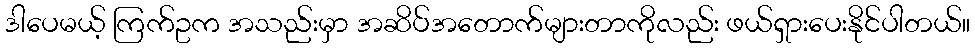
ဒါပေမယ့် ကြက်ဥက အသည်းမှာ အဆိပ်အတောက်များတာကိုလည်း ဖယ်ရှားပေးနိုင်ပါတယ်။